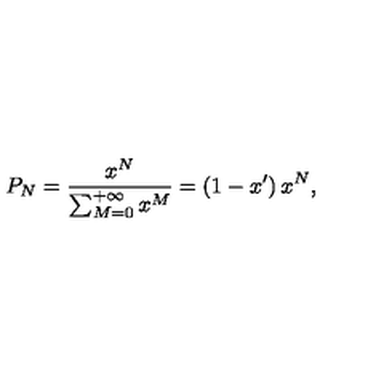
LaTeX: P _ { N } = \frac { x ^ { N } } { \sum _ { M = 0 } ^ { + \infty } x ^ { M } } = \left( 1 - x ^ { \prime } \right) x ^ { N } ,